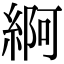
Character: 䋪